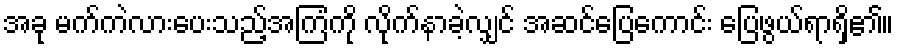
အခု မက်ကဲလားပေးသည့်အကြံကို လိုက်နာခဲ့လျှင် အဆင်ပြေကောင်း ပြေဖွယ်ရာရှိ၏။